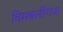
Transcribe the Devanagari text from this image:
विमबर्लीगंज